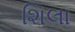
શિલા